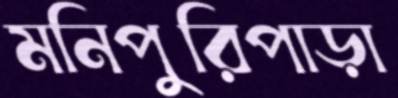
মনিপুরিপাড়া